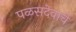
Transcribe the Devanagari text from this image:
पळसदेवाचे